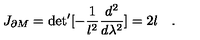
J _ { \partial M } = \mathrm { d e t } ^ { \prime } [ - { \frac { 1 } { l ^ { 2 } } } { \frac { d ^ { 2 } } { d \lambda ^ { 2 } } } ] = 2 l \quad .